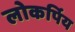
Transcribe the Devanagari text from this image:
लोकर्पिय